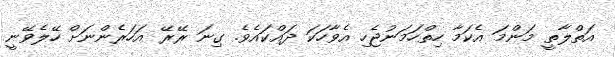
އަތްލާތީ މަންމަ އެކަމާ ހިތްހަމަނުޖެހި އެވާހަކަ ދައްކައެވެ. ގިނަ ރޭރޭ އަހަރެންނަށް ހޭލެވޭނީ